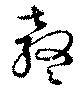
鼕